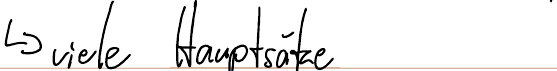
-> viele Hauptsätze